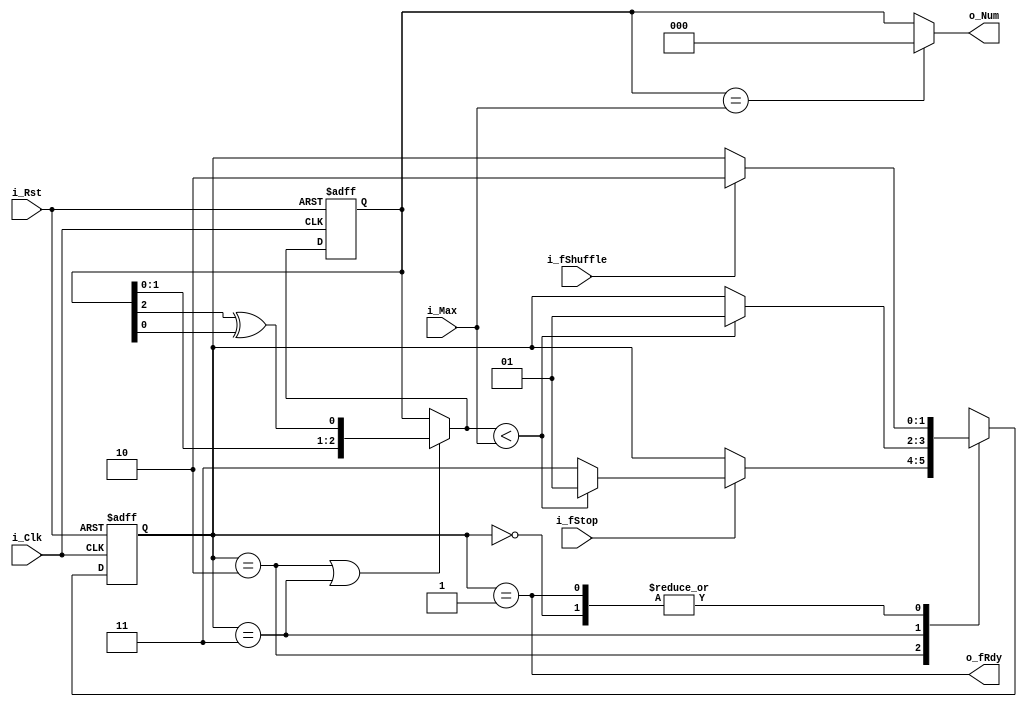
module LFSR1(i_Clk, i_Rst, i_fShuffle, i_fStop, i_Max, o_fRdy, o_Num);

parameter	N = 3;
input					i_Clk, i_Rst, i_fShuffle, i_fStop;
input			[N-1:0]	i_Max;
output	wire			o_fRdy;
output	wire	[N-1:0]	o_Num;

/* registers */
reg		[1:0]	c_State,n_State;
reg		[N-1:0]	c_LFSR,	n_LFSR;		// Text - left  32 bits

parameter	IDLE	= 2'b00,
			SHUFFLE	= 2'b10,
			WAIT_RDY= 2'b11,
			READY	= 2'b01;

/* registers */
always@(posedge i_Clk or negedge i_Rst)
	if(!i_Rst) begin
		c_State	= IDLE;
		c_LFSR	= 1;
	end else begin	
		c_State	= n_State;
		c_LFSR	= n_LFSR;
	end	

assign	fShuffle= c_State == SHUFFLE || c_State == WAIT_RDY;
assign	fRdy	= n_LFSR < i_Max;
assign	o_fRdy	= c_State == READY;
assign	o_Num	= c_LFSR == i_Max ? 0 : c_LFSR;

/* finite state machine */
always@*
begin
	n_LFSR	= fShuffle	? {c_LFSR, c_LFSR[N-1] ^ c_LFSR[0]} : c_LFSR;

	n_State	= c_State;
	case(c_State)
		IDLE 	: if(i_fShuffle)	n_State = SHUFFLE;
		SHUFFLE	: if(i_fStop)
					if(fRdy)		n_State = READY;
					else			n_State = WAIT_RDY;
		WAIT_RDY: if(fRdy)			n_State = READY;
		READY	: if(i_fShuffle)	n_State = SHUFFLE;
	endcase
end

endmodule